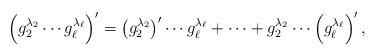
LaTeX: \begin{align*} \left( g_{2}^{\lambda_2}\cdots g_{\ell}^{\lambda_\ell} \right)' = \left(g_{2}^{\lambda_2}\right)'\cdots g_{\ell}^{\lambda_\ell} + \cdots + g_{2}^{\lambda_2}\cdots \left(g_{\ell}^{\lambda_\ell} \right)',\end{align*}